Civil Veterinary Department. United Provinces 1912-22 - 1912-1922
Year: 1912
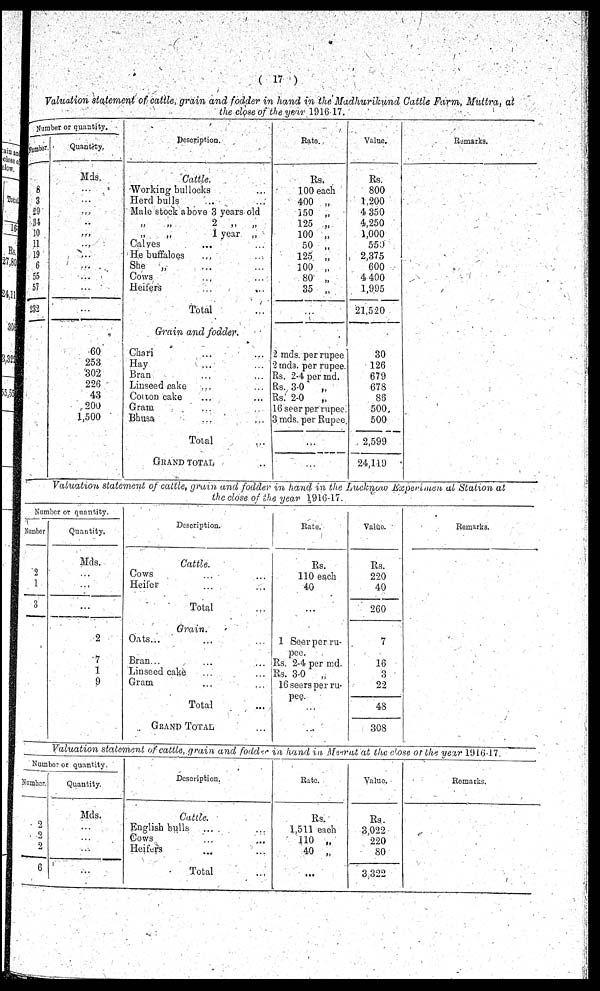
( 17 )
Valuation statement of cattle, grain and fodder in hand in the Madhurikund
Cattle Farm, Muttra, at
the close of the year 1916 17.
Number or quantity.
Number.
8
3
29
34
10
11
19
6
55
57
232
Quantity.
Mds.
...
...
...
...
...
...
...
...
...
...
...
60
253
302
226
43
200
1,500
Description.
Cattle.
Working bullocks ...
Herd bulls ... ...
Male stock above 3 years old
„ „ 2
„
„
„ „1 year „
Calyes ... ...
He buffaloes ... ...
She „ ... ...
Cows ... ...
Heifers ... ...
Total ...
Grain and fodder.
Chari ... ...
Hay ... ...
Bran ... ...
Linseed cake ... ...
Colton cake ... ...
Gram ... ...
Bhusa ... ...
Total ...
GRAND TOTAL ...
Rate.
Rs.
100 each
400 „
150 „
125 „
100 „
50 „
125 „
100 „
80 „
35 „
...
2 mds. per rupee
2 mds. per rupee.
Rs. 2-4 per md.
Rs. 3-0
„
Rs. 2-0
„
16 seer per rupee
3 mds. per Rupee
...
...
Value.
Rs.
800
1,200
4 350
4,250
1,000
559
2,375
600
4 400
1,095
21,520
30
126
679
678
86
500
500
2,599
24,119
Remarks.
Valuation statement of cattle, grain and fodder in hand, in the Lucknow Ekperimen at Station at
the close of the year 1916-17.
Number or quantity.
Number
2
1
0
Quantity.
Mds.
2
7
1
9
Description.
Cattle.
Cows ... ...
Heifer ... ...
Total ...
Grain.
Oats ... ... ...
Bran ... ... ...
Linseed cake ... ...
Gram ... ...
Total ...
GRAND TOTAL ...
Rate.
Rs.
110 each
40
...
1 Seer per ru-
pee.
Rs. 2-4 per md.
Rs. 3-0
„
16 seers per ru-
...
...
Value.
Rs.
220
40
260
7
16
22
48
368
Remarks.
Valuation statement of cattle, grain and fodder in hand, in, Murut at the close at the year 191617.
Number or quantity.
Number.
2
2
2
6
Quantity.
Mds.
...
...
...
Description.
Cattle..
English bulls
Cows
Heifers
Total
Rate.
Rs.
1,511 each
110 „
40 „
...
Value.
Rs.
3,022
220
80
3,322
Remarks